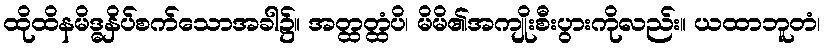
ထိုထိနမိဒ္ဓနှိပ်စက်သောအခါ၌။ အတ္ထတ္ထံပိ၊ မိမိ၏အကျိုးစီးပွားကိုလည်း။ ယထာဘူတံ၊